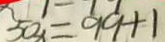
5 0 x = 9 9 + 1